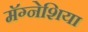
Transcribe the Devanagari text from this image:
मॅग्नेशिया